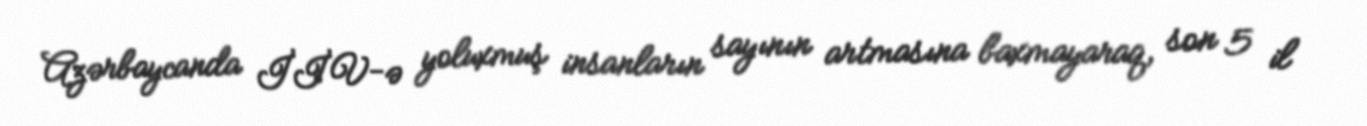
Azərbaycanda İİV-ə yoluxmuş insanların sayının artmasına baxmayaraq, son 5 il